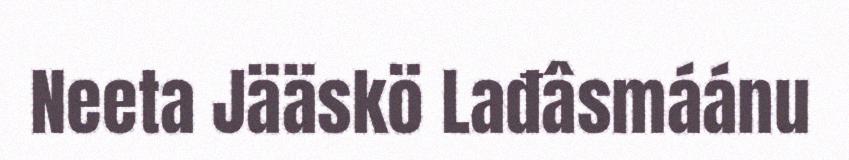
Neeta Jääskö Lađâsmáánu